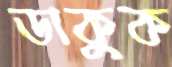
ডাকুক